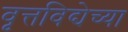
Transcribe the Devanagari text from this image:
वृत्तविद्येच्या